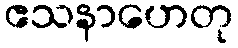
ဧသနာဟေတု